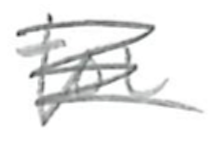
Text: for
Cross-out: scratch
Writing tool: pencil